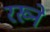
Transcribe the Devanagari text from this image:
रख्ने